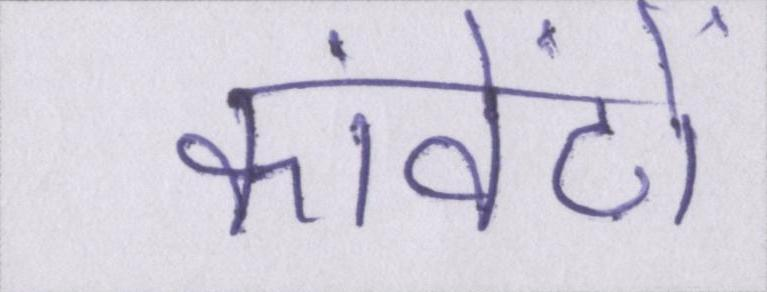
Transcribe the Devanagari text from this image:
कांवेंटों